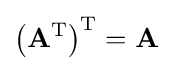
\left(\mathbf {A} ^{\text{T}}\right)^{\text{T}}=\mathbf {A}